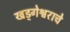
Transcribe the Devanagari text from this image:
खड्गेश्वराचे